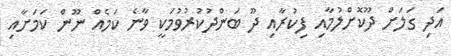
އަދި ގަލަށް ދޫކޮށްލުމާއި ފިކުރާއި ދޫ ބަންދުކުރުވުމަކީ ވާނެ ކަމެއް ނޫން ކަމަށާއި